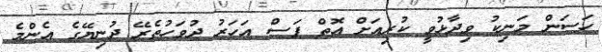
ހަސަން މަނިކު ވިދާޅުވީ ކުރިއަށް އޮތް ފަސް އަހަރު ދުވަހުތެރޭ ދުނިޔޭގެ އެންމެ